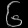
Digit: ၆